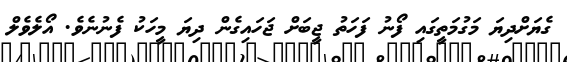
ގެޔަށްދިޔަ މަގުމަތީގައި ފޯނު ފަހަތު ޖީބަށް ޖަހައިގެން ދިޔަ މީހަކު ފެނުނެވެ. އޯލެވެލް